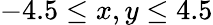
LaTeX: -4.5\leq x,y\leq 4.5